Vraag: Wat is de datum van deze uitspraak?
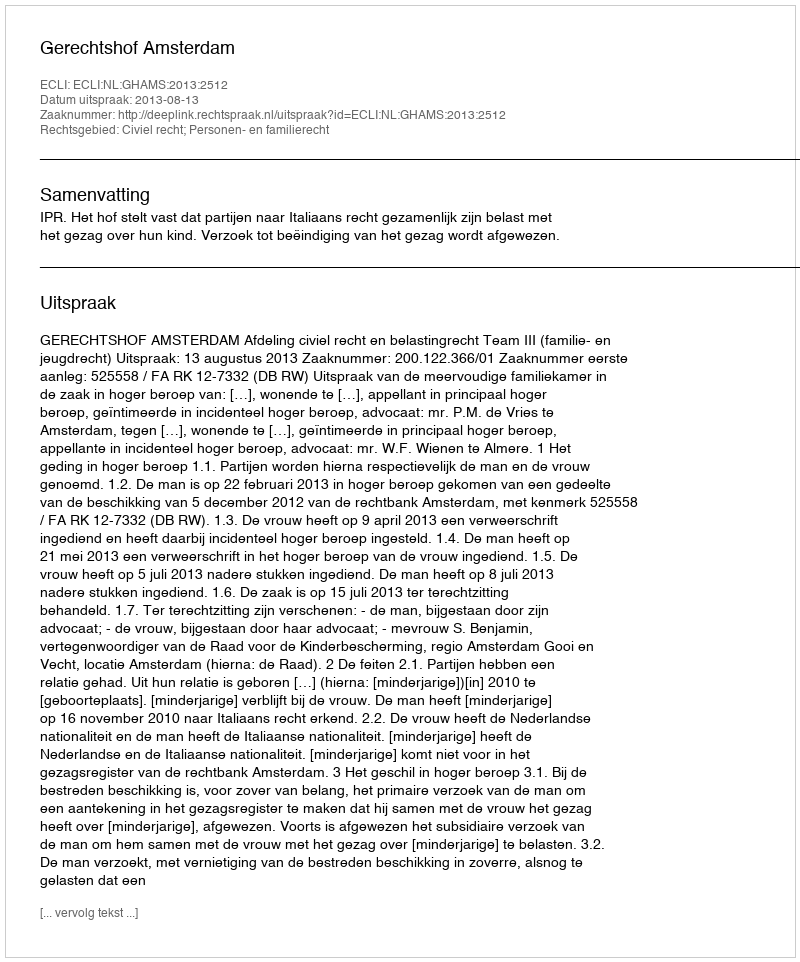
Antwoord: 2013-08-13